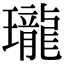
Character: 瓏